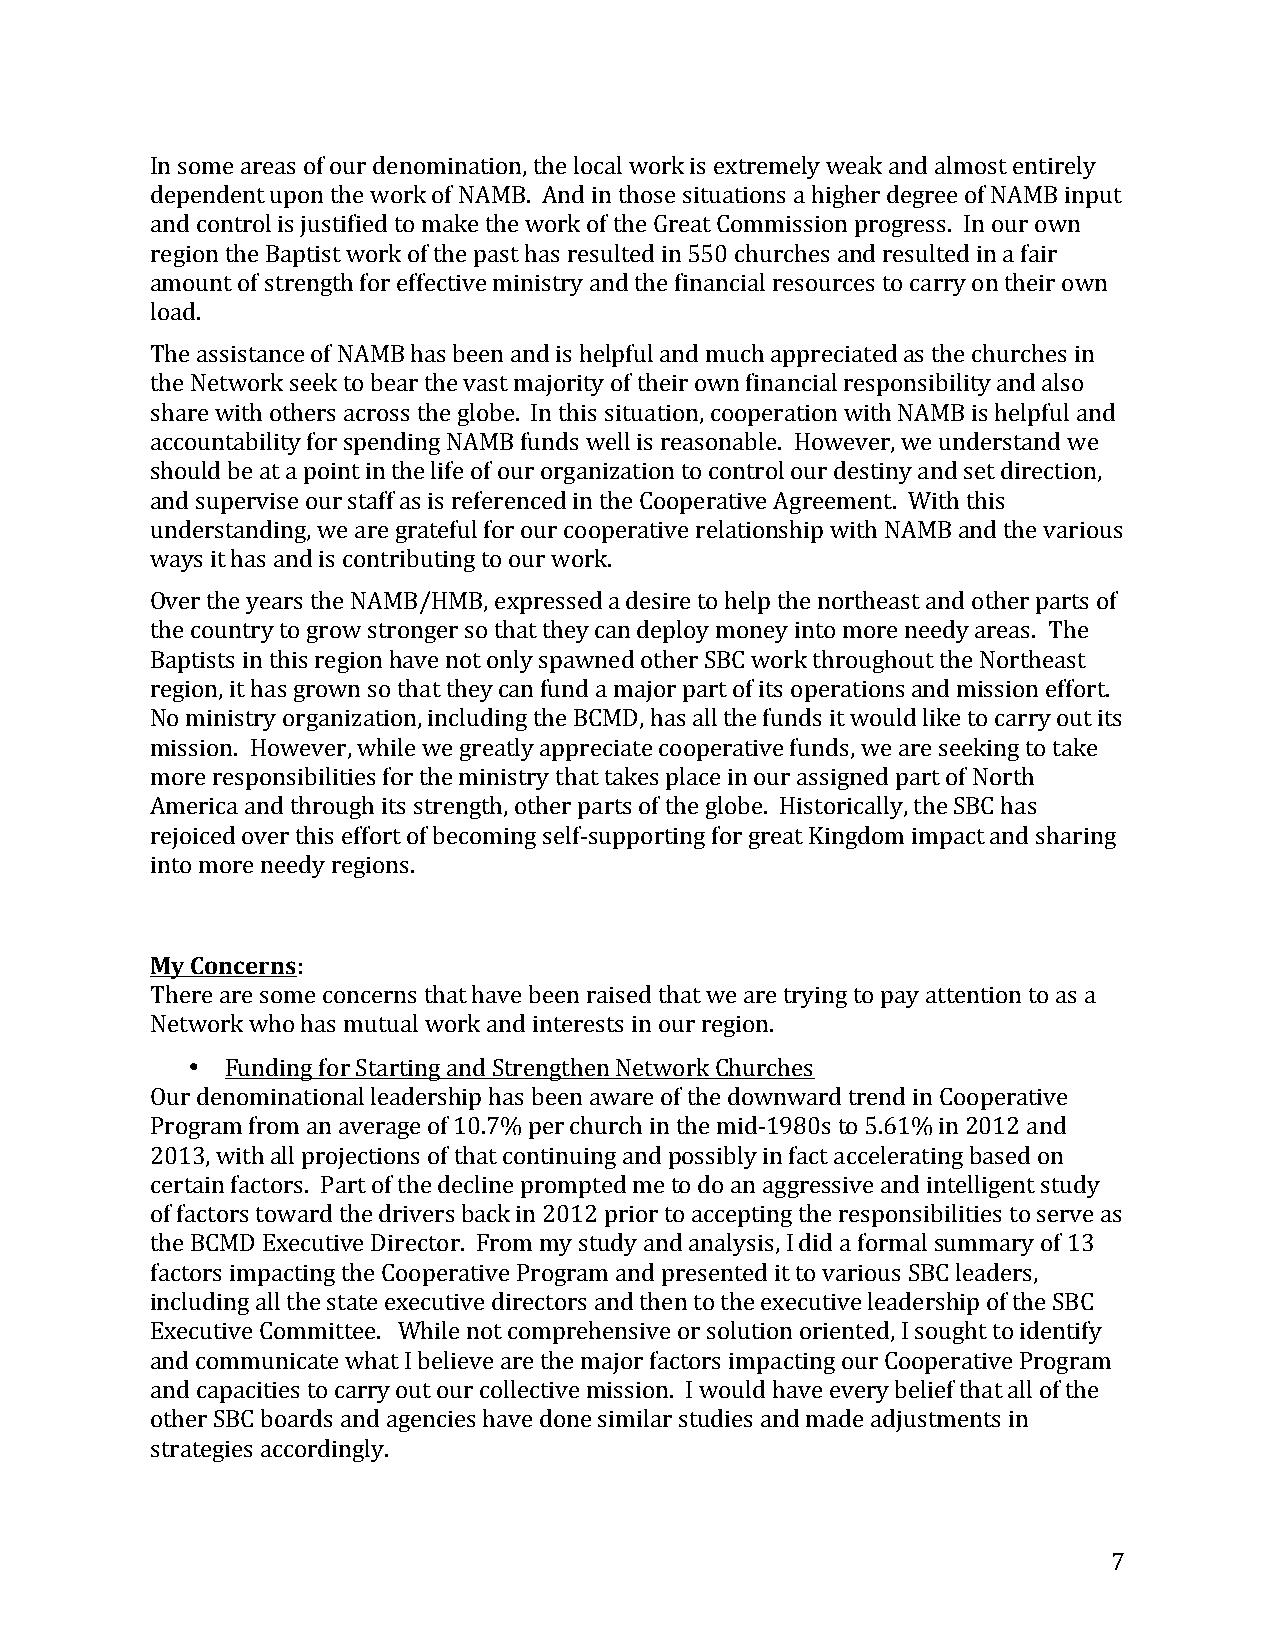
In some areas of our denomination, the local work is extremely weak and almost entirely
 dependent upon the work of NAMB. And in those situations a higher degree of NAMB input
 and control is justified to make the work of the Great Commission progress. In our own
 region the Baptist work of the past has resulted in 550 churches and resulted in a fair
 amount of strength for effective ministry and the financial resources to carry on their own
 load.
 The assistance of NAMB has been and is helpful and much appreciated as the churches in
 the Network seek to bear the vast majority of their own financial responsibility and also
 share with others across the globe. In this situation, cooperation with NAMB is helpful and
 accountability for spending NAMB funds well is reasonable. However, we understand we
 should be at a point in the life of our organization to control our destiny and set direction,
 and supervise our staff as is referenced in the Cooperative Agreement. With this
 understanding, we are grateful for our cooperative relationship with NAMB and the various
 ways it has and is contributing to our work.
 Over the years the NAMB/HMB, expressed a desire to help the northeast and other parts of
 the country to grow stronger so that they can deploy money into more needy areas. The
 Baptists in this region have not only spawned other SBC work throughout the Northeast
 region, it has grown so that they can fund a major part of its operations and mission effort.
 No ministry organization, including the BCMD, has all the funds it would like to carry out its
 mission. However, while we greatly appreciate cooperative funds, we are seeking to take
 more responsibilities for the ministry that takes place in our assigned part of North
 America and through its strength, other parts of the globe. Historically, the SBC has
 rejoiced over this effort of becoming self-­‐supporting for great Kingdom impact and sharing
 into more needy regions.
 My Concerns:
 There are some concerns that have been raised that we are trying to pay attention to as a
 Network who has mutual work and interests in our region.
 •  Funding for Starting and Strengthen Network Churches
 Our denominational leadership has been aware of the downward trend in Cooperative
 Program from an average of 10.7% per church in the mid-­‐1980s to 5.61% in 2012 and
 2013, with all projections of that continuing and possibly in fact accelerating based on
 certain factors. Part of the decline prompted me to do an aggressive and intelligent study
 of factors toward the drivers back in 2012 prior to accepting the responsibilities to serve as
 the BCMD Executive Director. From my study and analysis, I did a formal summary of 13
 factors impacting the Cooperative Program and presented it to various SBC leaders,
 including all the state executive directors and then to the executive leadership of the SBC
 Executive Committee. While not comprehensive or solution oriented, I sought to identify
 and communicate what I believe are the major factors impacting our Cooperative Program
 and capacities to carry out our collective mission. I would have every belief that all of the
 other SBC boards and agencies have done similar studies and made adjustments in
 strategies accordingly.
 7